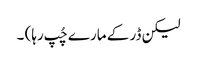
لیکن ڈر کے مارے چُپ رہا) ۔